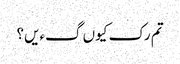
تم رک کیوں گءیں؟